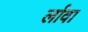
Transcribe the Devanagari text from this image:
र्लावा